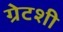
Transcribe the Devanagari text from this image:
ग्रेटशी